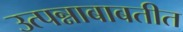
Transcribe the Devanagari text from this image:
उत्पन्नाबाबतीत